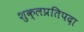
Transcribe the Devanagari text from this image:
शुक्लप्रतिपदा